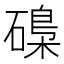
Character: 𱴯